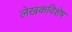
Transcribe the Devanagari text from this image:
लेखकविशेष